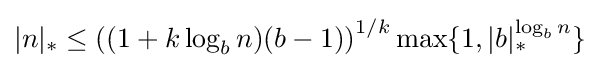
|n|_{*}\leq \left((1+k\log _{b}n)(b-1)\right)^{1/k}\max\{1,|b|_{*}^{\log _{b}n}\}